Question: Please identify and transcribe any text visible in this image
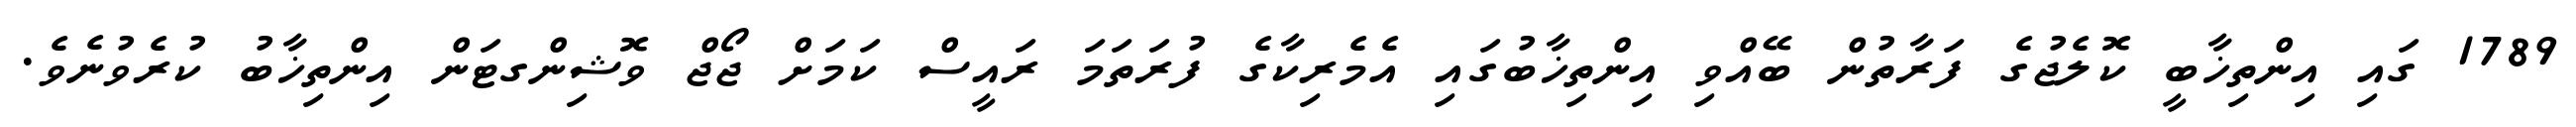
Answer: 1789 ގައި އިންތިޚާބީ ކޮލެޖުގެ ފަރާތުން ބޭއްވި އިންތިޚާބުގައި އެމެރިކާގެ ފުރަތަމަ ރައީސް ކަމަށް ޖޯޖް ވޮޝިންގޓަން އިންތިޚާބު ކުރެވުނެވެ.